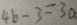
4 b - 3 = 3 a